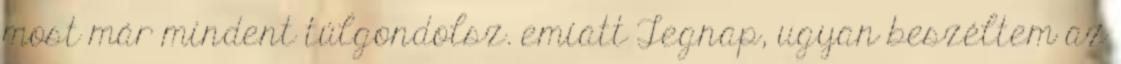
most már mindent túlgondolsz. emiatt Tegnap, ugyan beszéltem az